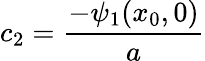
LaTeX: c_{2}={\frac{-\psi_{1}(x_{0},0)}{a}}